Lunatic asylums Bombay report 1891-1903 - 1891-1903
Year: 1891
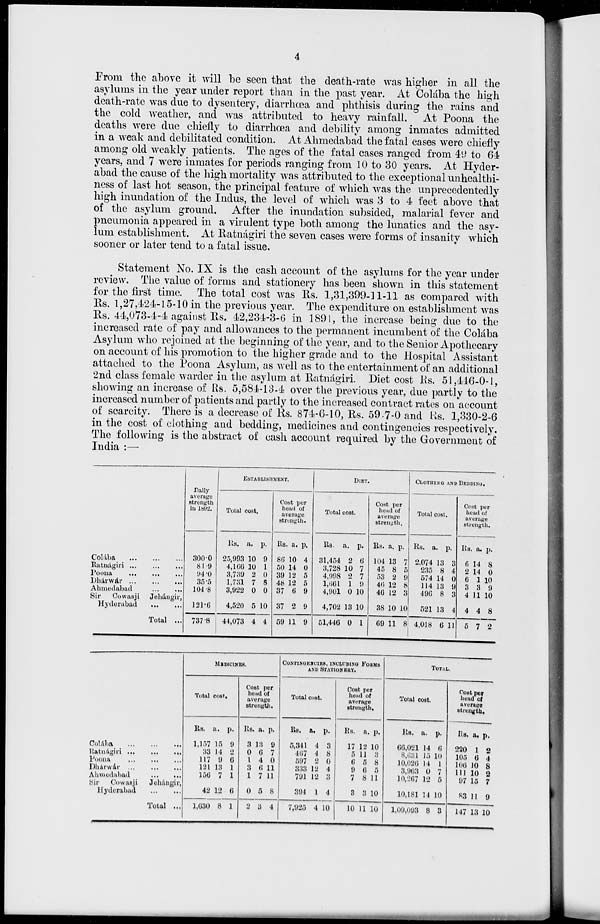
4
From the above it will be seen that the death-rate was higher in all the
asylums in the year under report than in the past year. At Colába the high
death-rate was due to dysentery, diarrhœa and phthisis during the rains and
the cold weather, and was attributed to heavy rainfall. At Poona the
deaths were due chiefly to diarrhœa and debility among inmates admitted
in a weak and debilitated condition. At Ahmedabad the fatal cases were chiefly
among old weakly patients. The ages of the fatal cases ranged from 49 to 64
years, and 7 were inmates for periods ranging from 10 to 30 years. At Hyder-
abad the cause of the high mortality was attributed to the exceptional unhealthi-
ness of last hot season, the principal feature of which was the unprecedentedly
high inundation of the Indus, the level of which was 3 to 4 feet above that
of the asylum ground. After the inundation subsided, malarial fever and
pneumonia appeared in a virulent type both among the lunatics and the asy-
lum establishment. At Ratnágiri the seven cases were forms of insanity which
sooner or later tend to a fatal issue.
Statement No. IX is the cash account of the asylums for the year under
review. The value of forms and stationery has been shown in this statement
for the first time. The total cost was Rs. 1,31,399-11-11 as compared with
Rs. 1,27,424-15-10 in the previous year. The expenditure on establishment was
Rs. 44,073-4-4 against Rs. 42,234-3-6 in 1891, the increase being due to the
increased rate of pay and allowances to the permanent incumbent of the Colába
Asylum who rejoined at the beginning of the year, and to the Senior Apothecary
on account of his promotion to the higher grade and to the Hospital Assistant
attached to the Poona Asylum, as well as to the entertainment of an additional
2nd class female warder in the asylum at Ratnágiri. Diet cost Rs. 51,446-0-1,
showing an increase of Rs. 5,584-13-4 over the previous year, due partly to the
increased number of patients and partly to the increased contract rates on account
of scarcity. There is a decrease of Rs. 874-6-10, Rs. 59-7-0 and Rs. 1,330-2-6
in the cost of clothing and bedding, medicines and contingencies respectively.
The following is the abstract of cash account required by the Government of
India :—
Colába
...
...
...
Ratnágiri
...
...
...
Poona ... ... ...
Dhárwár
...
...
...
Ahmedabad ... ... ...
Sir
Cowasji
Jehángir,
Hyderabad
...
...
Total ...
Daily
average
strength
in 1892.
300.0
81.9
94.0
35.5
104.8
121.6
737.8
ESTABLISHMENT.
Total cost.
Rs.
25,993
4,166
3,739
1,731
3,922
4,520
44,073
a.
10
10
2
7
0
5
4
p.
9
1
0
8
0
10
4
Cost per
head of
average
strength.
Rs.
86
50
39
48
37
37
59
a.
10
14
12
12
6
2
11
p.
4
0
5
5
9
9
9
DIET.
Total cost.
Rs.
31,454
3,728
4,998
1,661
4,901
4,702
51,446
a.
2
10
2
1
0
13
0
p.
6
7
7
9
10
10
1
Cost per
head of
average
strength.
Rs.
104
45
53
46
46
38
69
a.
13
8
2
12
12
10
11
p.
7
5
9
8
3
10
8
CLOTHING AND BEDDING.
Total cost.
Rs.
2,074
235
574
114
496
521
4,018
a.
13
8
14
13
8
13
6
p.
3
4
0
9
3
4
11
Cost per
head of
average
strength.
Rs.
6
2
6
3
4
4
5
a.
14
14
1
3
11
4
7
p.
8
0
10
9
10
8
2
Colába ... ... ...
Ratnágiri ... ... ...
Poona
...
...
...
Dhárwár ... ... ...
Ahmedabad
...
...
Sir
Cowasji
Jehángir,
Hyderabad
...
...
Total ...
MEDICINES.
Total cost.
Rs.
1,157
33
117
121
156
42
1,630
a.
15
14
9
13
7
12
8
p.
9
2
6
1
1
6
1
Cost per
head of
average
strength.
Rs.
3
0
1
3
1
0
2
a.
13
6
4
6
7
5
3
p.
9
7
0
11
11
8
4
CONTINGENCIES, INCLUDING FORMS
AND STATIONERY.
Total cost.
Rs.
5,341
467
597
333
791
394
7,925
a.
4
4
2
12
12
1
4
p.
3
8
0
4
3
4
10
Cost per
head of
average
strength.
Rs.
17
5
6
9
7
3
10
a.
12
11
5
6
8
3
11
p.
10
3
8
5
11
10
10
TOTAL.
Total cost.
Rs.
66,021
8,631
10,026
3,963
10,267
10,181
1,09,093
a.
14
15
14
0
12
14
8
p.
6
10
1
7
5
10
3
Cost per
head of
average
strength.
Rs.
220
105
106
111
97
83
147
a.
1
6
10
10
15
11
13
p.
2
4
8
2
7
9
10